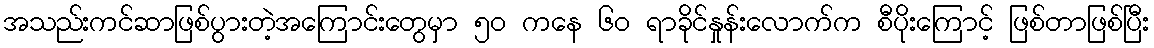
အသည်းကင်ဆာဖြစ်ပွားတဲ့အကြောင်းတွေမှာ ၅၀ ကနေ ၆၀ ရာခိုင်နှုန်းလောက်က စီပိုးကြောင့် ဖြစ်တာဖြစ်ပြီး